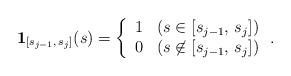
LaTeX: \begin{align*} \mathbf{1}_{[s_{j-1},\, s_{j}]}(s) = \left\{\begin{array}{ll} 1 & (s\in{[s_{j-1},\, s_{j}]}) \\ 0 & (s\not \in{[s_{j-1},\, s_{j}]})\end{array}\right..\end{align*}